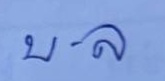
บ . ล